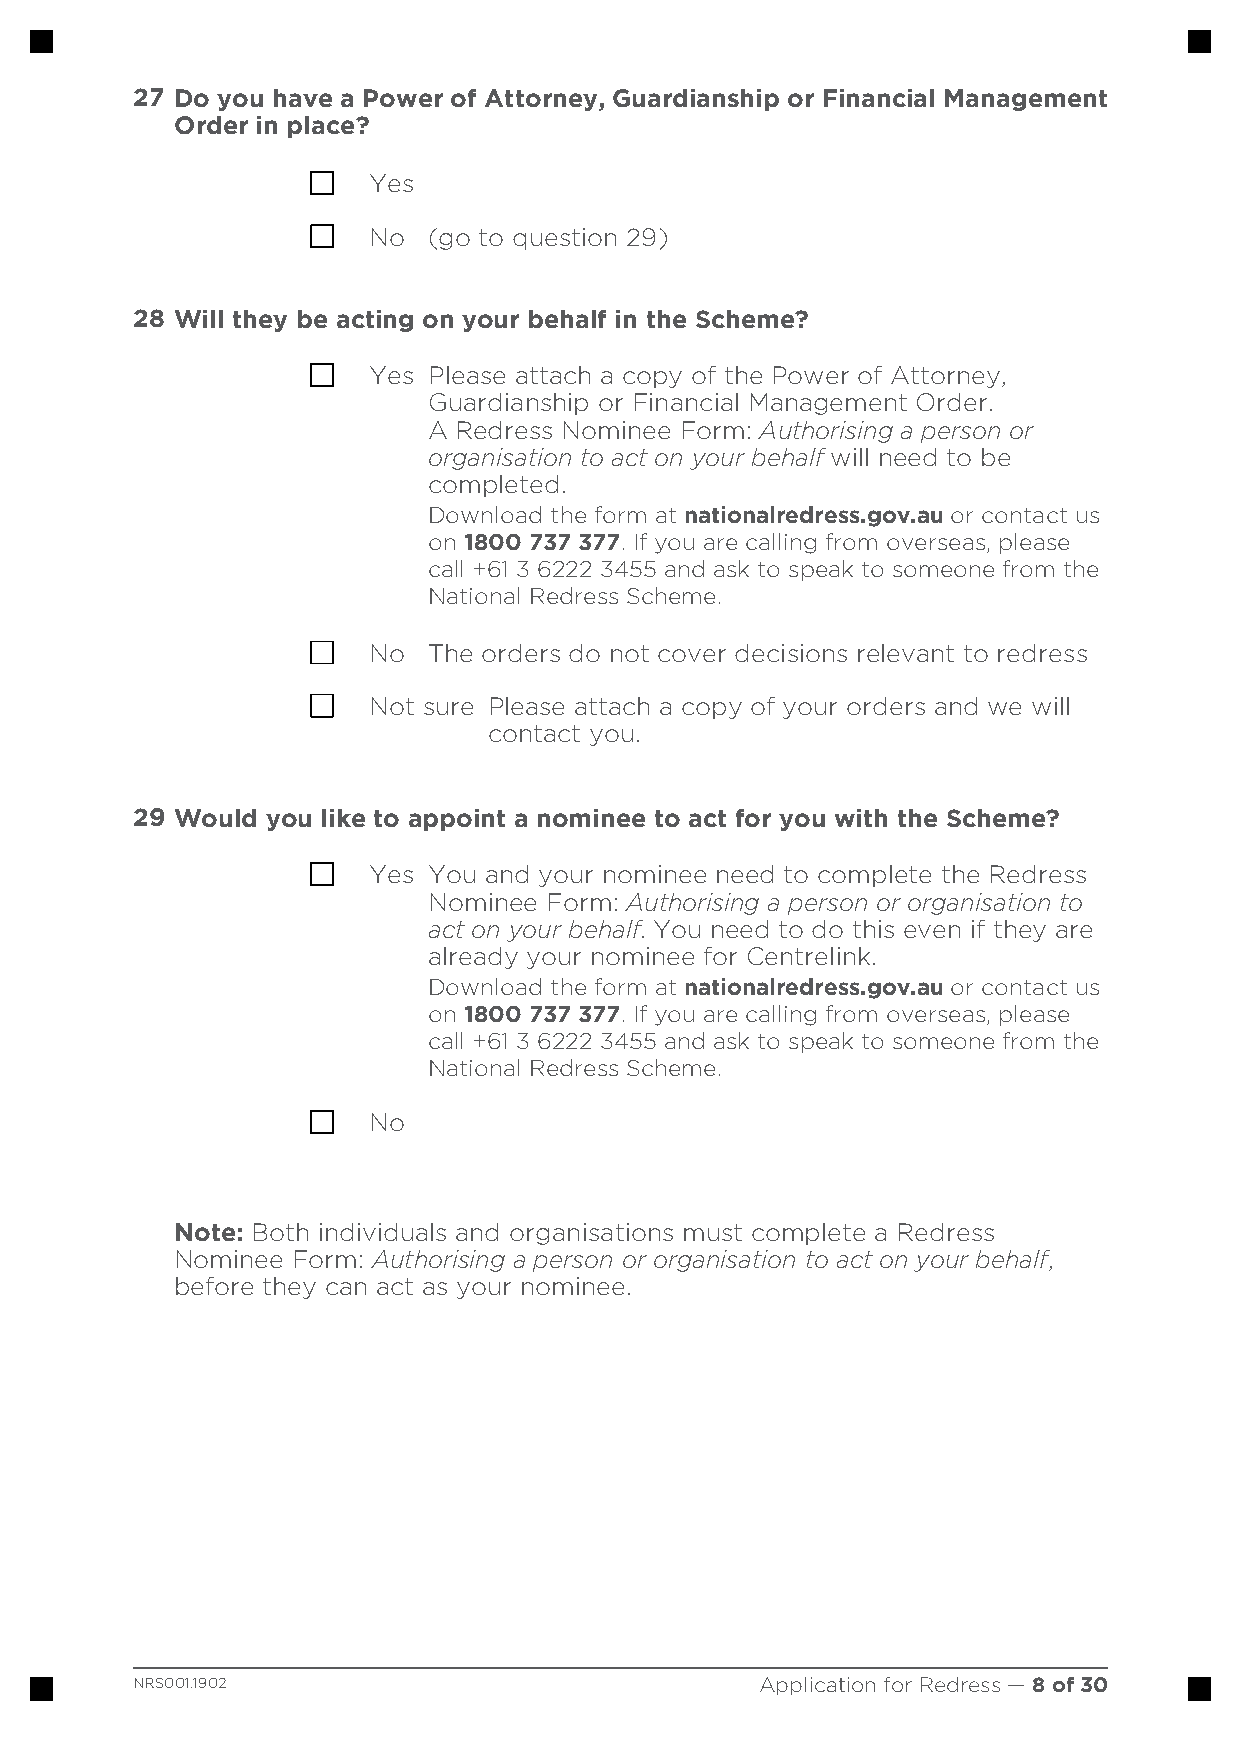
27 Do you have a Power of Attorney, Guardianship or Financial Management
 Order in place?
 Yes
 No  (go to question 29)
 28 Will they be acting on your behalf in the Scheme?
 Yes Please attach a copy of the Power of Attorney,
 Guardianship or Financial Management Order.
 A Redress Nominee Form: Authorising a person or
 organisation to act on your behalf will need to be
 completed.
 Download the form at nationalredress.gov.au or contact us
 www.
 on 1800 737 377. If you are calling from overseas, please
 call +61 3 6222 3455 and ask to speak to someone from the
 National Redress Scheme.
 No  The orders do not cover decisions relevant to redress
 Not sure Please attach a copy of your orders and we will
 contact you.
 29 Would you like to appoint a nominee to act for you with the Scheme?
 Yes You and your nominee need to complete the Redress
 Nominee Form: Authorising a person or organisation to
 act on your behalf. You need to do this even if they are
 already your nominee for Centrelink.
 Download the form at nationalredress.gov.au or contact us
 www.
 on 1800 737 377. If you are calling from overseas, please
 call +61 3 6222 3455 and ask to speak to someone from the
 National Redress Scheme.
 No
 Note: Both individuals and organisations must complete a Redress
 Nominee Form: Authorising a person or organisation to act on your behalf,
 before they can act as your nominee.
 NRS001.1902                              Application for Redress — 8 of 30